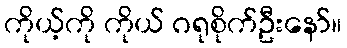
ကိုယ့်ကို ကိုယ် ဂရုစိုက်ဦးနော်။